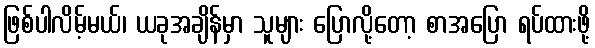
ဖြစ်ပါလိမ့်မယ်၊ ယခုအချိန်မှာ သူများ ပြောလို့တော့ စာအပြော ရပ်ထားဖို့